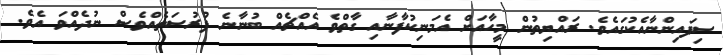
ސިފައިންނާއެކުގައެވެ. ރައްޔިތުން މީހާއަށް އެމަނިކުފާނާއި ގާތްވެ އެއްޗެއް ބުނާނެ ފުރުސަތެއްވެސް ނުދެއްވަ އެވެ.